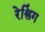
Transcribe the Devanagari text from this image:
रेश्लिंग